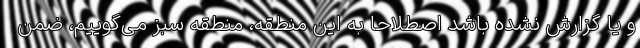
و یا گزارش نشده باشد اصطلاحا به این منطقه، منطقه سبز می‌گوییم، ضمن